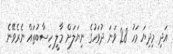
އަދި މިދިޔަ މަހު 28 ވަނަ ދުވަހުގެ ނިޔަލަށް މާލީ ހިސާބުތައް ނެރެވޭނެ